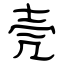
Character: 壳